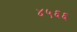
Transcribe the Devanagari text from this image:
४५६६